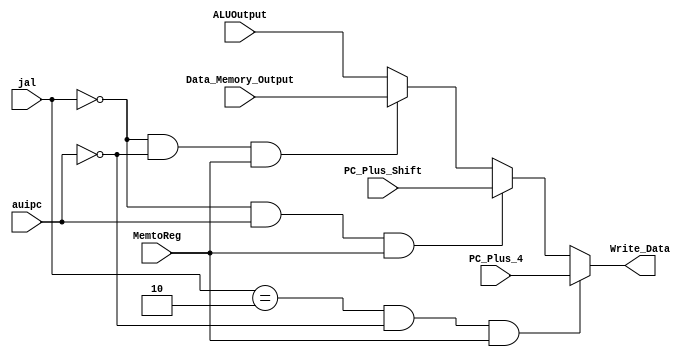
`timescale 1ns / 1ps
//////////////////////////////////////////////////////////////////////////////////
// 
// 
// Module Name: Control_Unit_to_Regfile.v
// Project Name: Single Cycle RISC-V Processor
// Description: This is the RegFile Input Control Unit Module, that is used to control input incoming to the RegFile.
// 
// Change History: 11/3/2022 - Implemented the module.
//////////////////////////////////////////////////////////////////////////////////


module Control_Unit_to_Regfile#(parameter N=8)(input [N-1:0] ALUOutput, input [N-1:0]Data_Memory_Output, input [N-1:0]PC_Plus_4,input [N-1:0] PC_Plus_Shift, input [1:0] jal, input auipc,MemtoReg,output [N-1:0]Write_Data);

reg [N-1:0] out;
always@(*) begin
if(jal== 2'b10 && !auipc && MemtoReg) //JAL
     out=PC_Plus_4;
 else if(jal== 2'b10 && !auipc&& MemtoReg) //JALR
     out=PC_Plus_4;
 else if(jal== 2'b00 && auipc&& MemtoReg) //AUIPC
          out=PC_Plus_Shift;
 else if(jal== 2'b00 && !auipc && MemtoReg) //Mem_Data
          out=Data_Memory_Output;
 
 
else begin
       out=ALUOutput;
       end
end


assign Write_Data= out;

endmodule